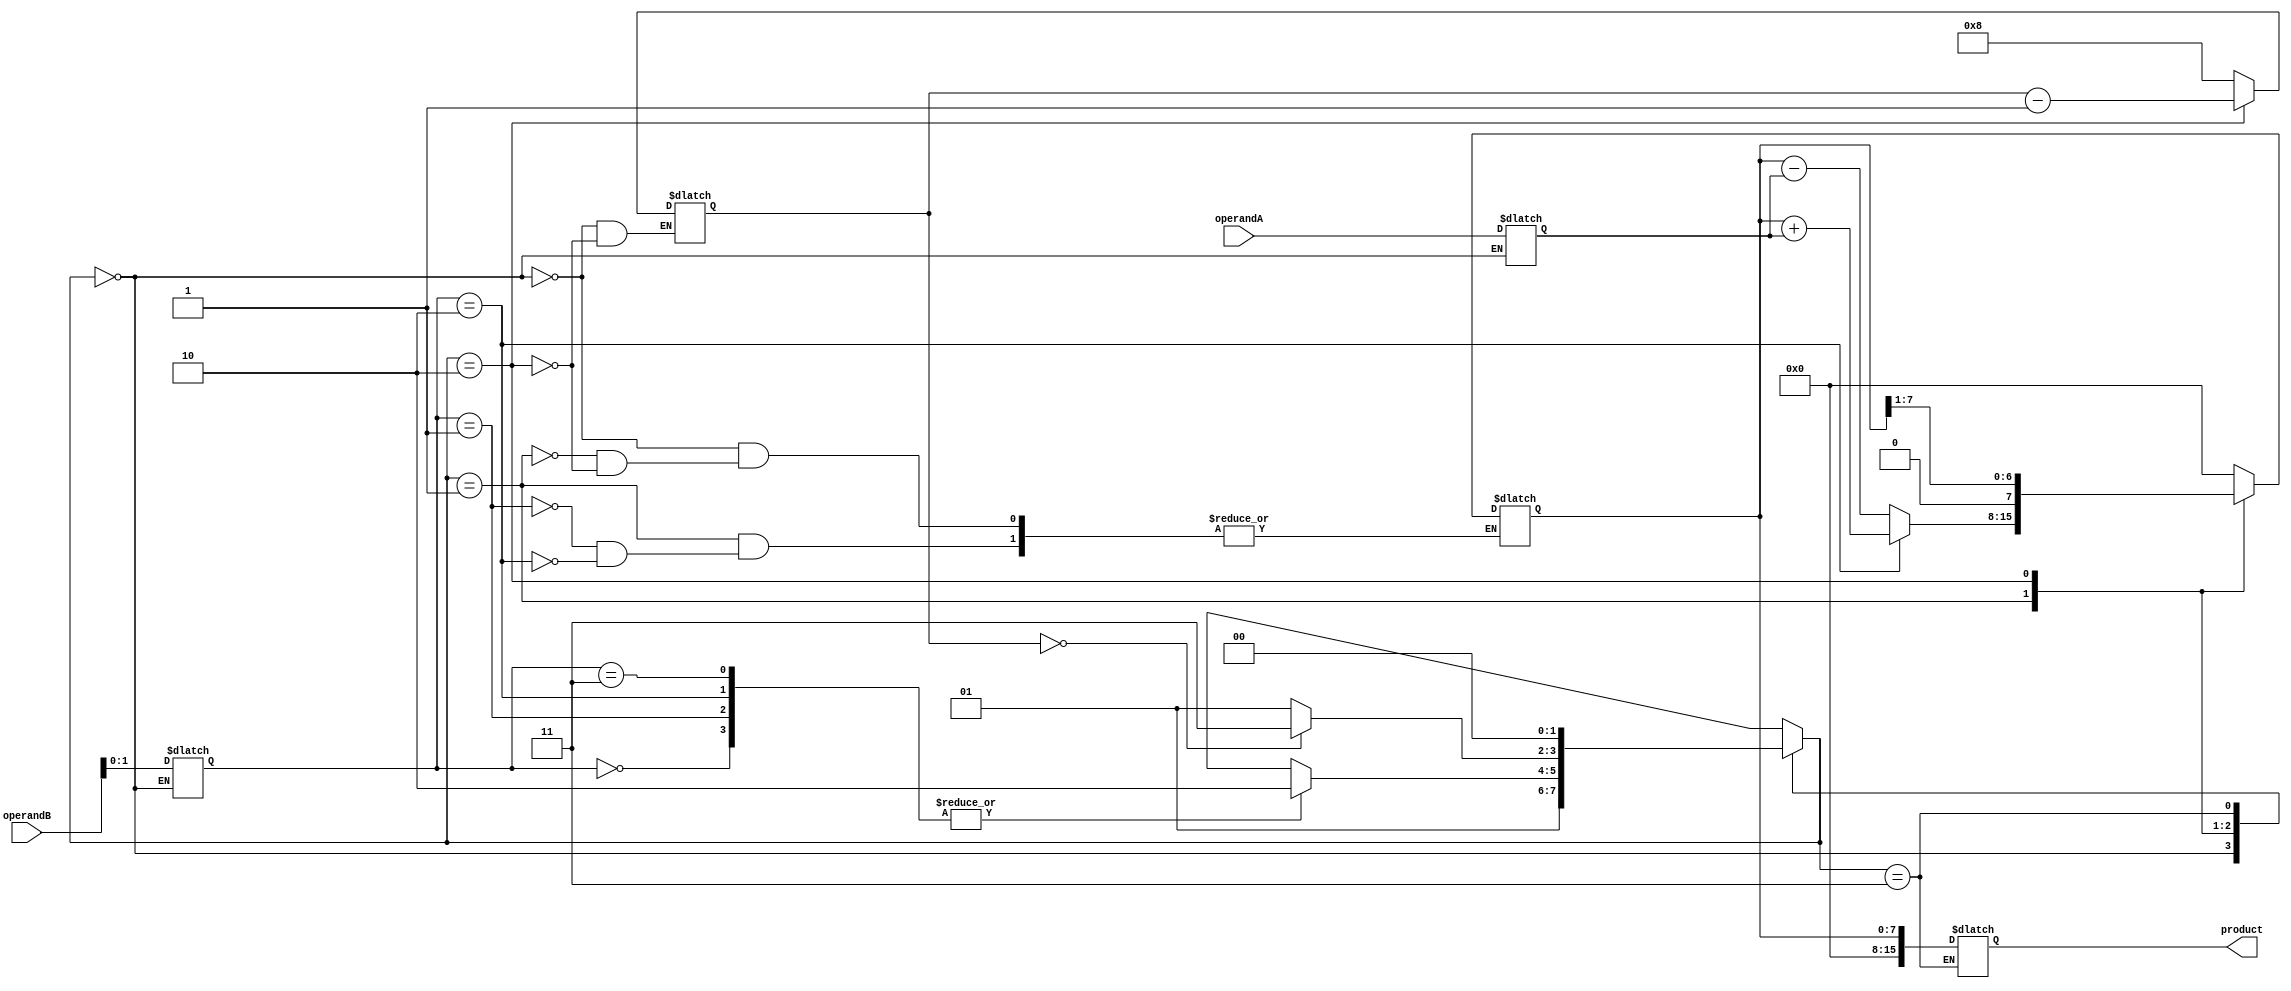
module booth_multiplier(
    input [7:0] operandA,
    input [7:0] operandB,
    output reg [15:0] product
);

reg [7:0] multiplicand;
reg [7:0] multiplier;
reg [3:0] counter;
reg [7:0] partial_product;
reg [1:0] state;

always @(*) begin
    case(state)
        2'b00: begin // Initialization state
            multiplicand <= operandA;
            multiplier <= operandB;
            counter <= 4'b1000;
            partial_product <= 8'b0;
            state <= 2'b01;
        end
        
        2'b01: begin // Booth Encoding state
            case(multiplier[1:0])
                2'b00: begin // No operation
                    state <= 2'b10;
                end
                
                2'b01: begin // Subtract multiplicand from partial product
                    partial_product <= partial_product - multiplicand;
                    state <= 2'b10;
                end
                
                2'b10: begin // Add multiplicand to partial product
                    partial_product <= partial_product + multiplicand;
                    state <= 2'b10;
                end
                
                2'b11: begin // No operation
                    state <= 2'b10;
                end
            endcase
        end
        
        2'b10: begin // Shifter state
            partial_product <= partial_product >> 1;
            multiplier <= {multiplier[6], multiplier[7], multiplier[6:0]};
            counter <= counter - 1;
            state <= (counter == 0) ? 2'b11 : 2'b01;
        end
        
        2'b11: begin // Final state
            product <= partial_product;
            state <= 2'b00;
        end
    endcase
end

endmodule